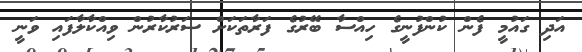
އަދި ގައުމީ ފެން ކުންފުނީގެ ހިއްސާ ބޭރުގެ ފަރާތަކަށް ސަރުކާރުން ވިއްކާލާފައި ވަނީ